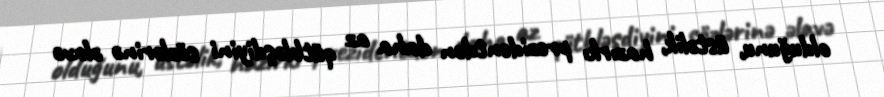
olduğunu, üstəlik, hazırkı prezidentdən daha az qütbləşdiyini sözlərinə əlavə